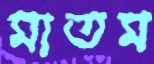
মাতম